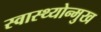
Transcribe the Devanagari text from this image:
स्वास्थ्योन्मुख